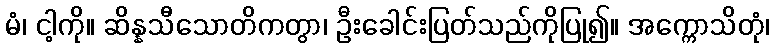
မံ၊ ငါ့ကို။ ဆိန္နသီသောတိကတွာ၊ ဦးခေါင်းပြတ်သည်ကိုပြု၍။ အက္ကောသိတုံ၊